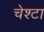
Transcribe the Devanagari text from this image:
चेश्टा